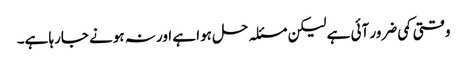
وقتی کمی ضرور آئی ہے لیکن مسئلہ حل ہوا ہے اور نہ ہونے جارہا ہے۔